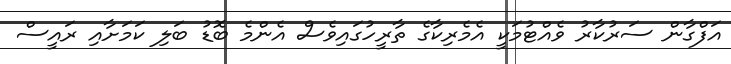
އަފްގާން ސަރުކާރު ވެެއްޓުމަކީ އެމެރިކާގެ ތާރީހުގައިވެސް އެންމެ ބޮޑު ބަލި ކަމަށާއި ރައީސް